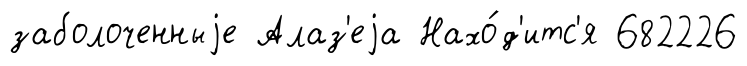
заболоченныjе Алаз'еjа Нахо́д'итс'я 682226